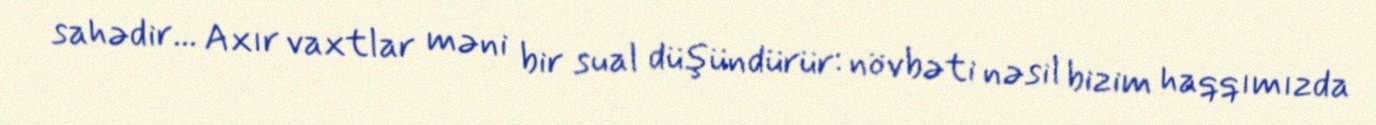
sahədir... Axır vaxtlar məni bir sual düşündürür: növbəti nəsil bizim haqqımızda